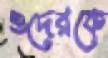
ওদেরকে